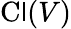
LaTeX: \operatorname{C\mathsf{l}}(V)